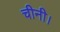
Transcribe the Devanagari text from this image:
चीनी।